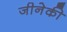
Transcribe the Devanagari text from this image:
जीनेकी